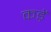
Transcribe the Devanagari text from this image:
कड़ें